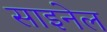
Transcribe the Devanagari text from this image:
साइनेल